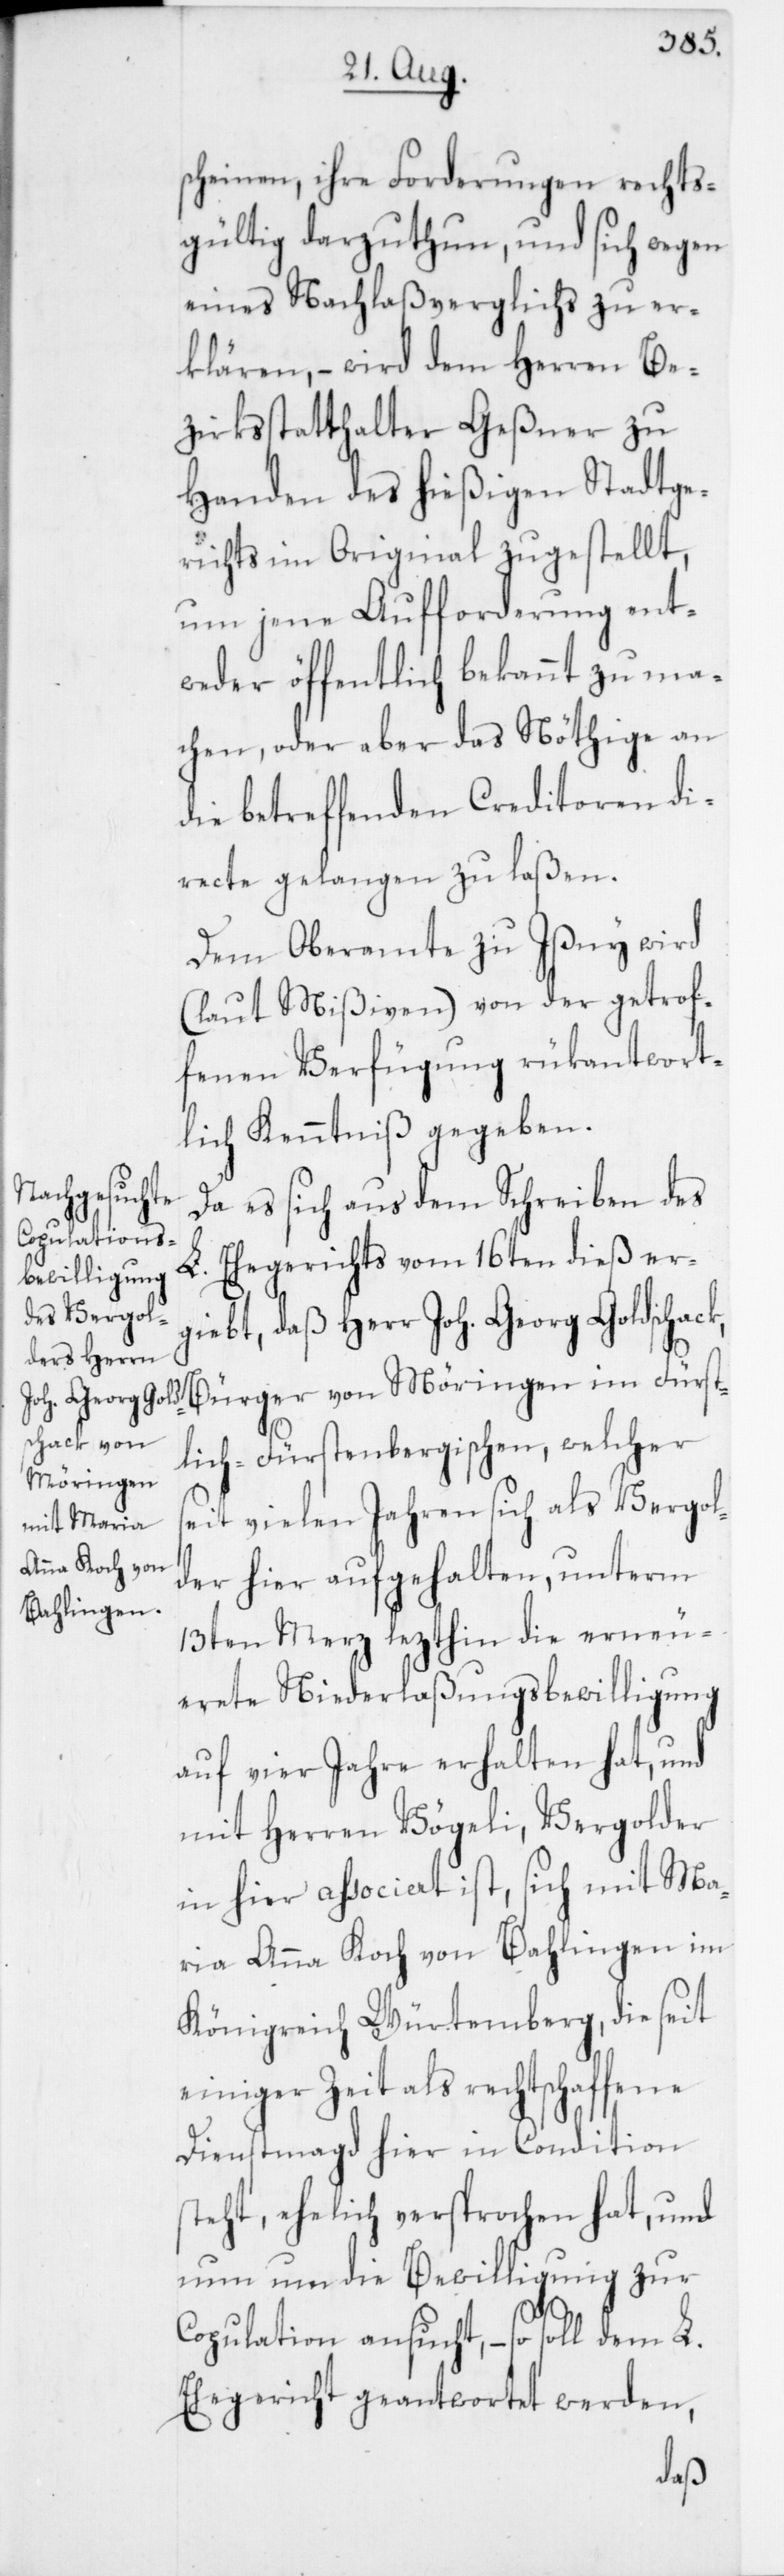
scheinen, ihre Forderungen rechts¬
gültig darzuthun, und sich wegen
eines Nachlaßverglichs zu er¬
klären, – wird dem Herren Be¬
zirksstatthalter Geßner zu
Handen des hießigen Stadtge¬
richts im Original zugestellt,
um jene Aufforderung ent¬
weder öffentlich bekannt zu ma¬
chen oder aber das Nöthige an
die betreffenden Creditoren di¬
recte gelangen zu laßen.
Dem Oberamte zu Ißny wird
(laut Mißiven) von der getrof¬
fenen Verfügung rükantwort¬
lich Kenntniß gegeben.
Da es sich aus dem Schreiben des
L. Ehegerichts vom 16ten dieß er¬
giebt, daß Herr Joh. Georg Goldschack,
Bürger von Möringen im Fürst¬
lich-Fürstenbergischen, welcher
seit vielen Jahren sich als Vergol¬
der hier aufgehalten, unterm
13ten Merz lezthin die erneu¬
erete Niederlaßungsbewilligung
auf vier Jahre erhalten hat, und
mit Herren Vögeli, Vergolder
in hier associert ist, sich mit Ma¬
ria Anna Koch von Bahlingen im
Königreich Würtemberg, die seit
einiger Zeit als rechtschaffene
Dienstmagd hier in Condition
steht, ehelich versprochen hat, und
nun um die Bewilligung zur
Copulation ansucht, – so soll
Ehegericht geantwortet werden,